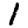
Digit: 1